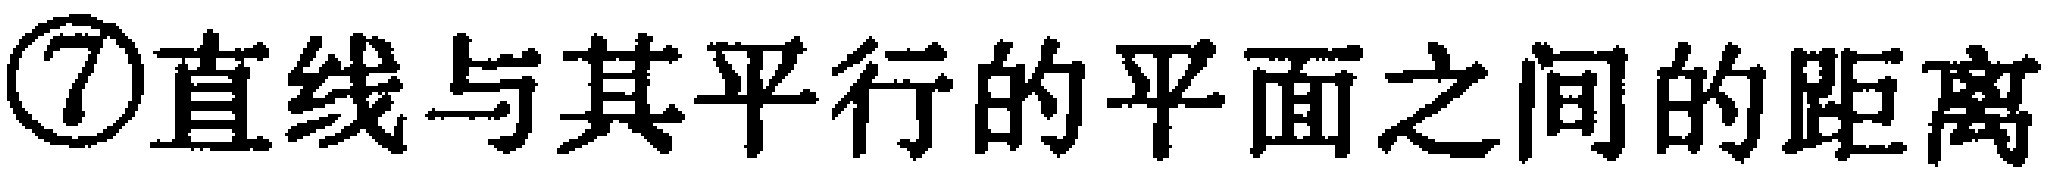
\textcircled{7}直线与其平行的平面之间的距离